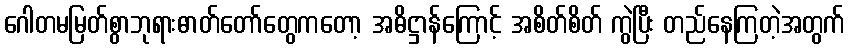
ဂေါတမမြတ်စွာဘုရားဓာတ်တော်တွေကတော့ အဓိဋ္ဌာန်ကြောင့် အစိတ်စိတ် ကွဲပြီး တည်နေကြတဲ့အတွက်